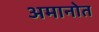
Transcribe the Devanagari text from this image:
अमानोत